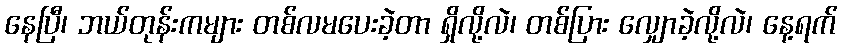
နေပြီ၊ ဘယ်တုန်းကများ တစ်လမပေးခဲ့တာ ရှိလို့လဲ၊ တစ်ပြား လျှောခဲ့လို့လဲ၊ နေ့ရက်